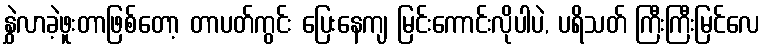
နွှဲလာခဲ့ဖူးတာဖြစ်တော့ တာပတ်ကွင်း ပြေးနေကျ မြင်းကောင်းလိုပါပဲ, ပရိသတ် ကြီးကြီးမြင်လေ